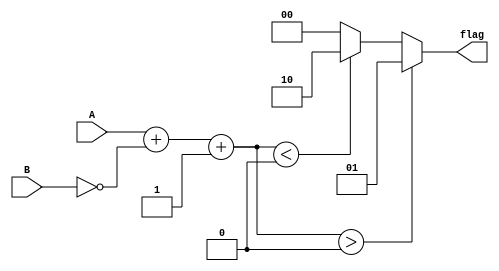
module unsigned_comparator (
    input  wire [7:0] A,
    input  wire [7:0] B,
    output wire [1:0] flag
);

reg [8:0] diff;

// Adder/Subtractor block
always @* begin
    diff = A + ~B + 1;
end

// Comparator block
always @* begin
    if (diff > 8'b000000000) begin
        flag = 2'b01; // A is greater than B
    end else if (diff < 8'b000000000) begin
        flag = 2'b10; // A is less than B
    end else begin
        flag = 2'b00; // A is equal to B
    end
end

endmodule